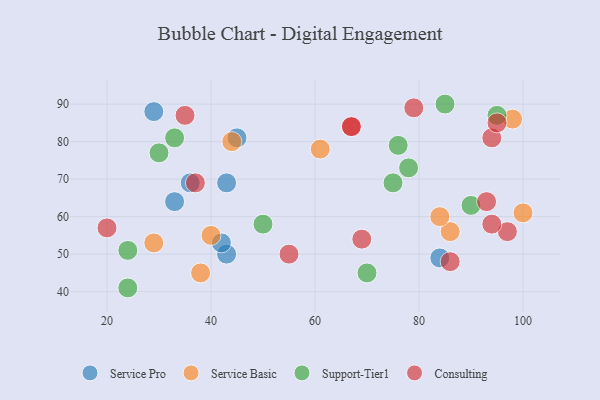
{"axis": {"x": "GDP", "y": "Life Expectancy"}, "legend": ["Consulting", "Service Basic", "Service Pro", "Support-Tier1"], "data": [{"x": "45", "y": 81, "type": "Service Pro"}, {"x": "36", "y": 69, "type": "Service Pro"}, {"x": "29", "y": 88, "type": "Service Pro"}, {"x": "43", "y": 50, "type": "Service Pro"}, {"x": "42", "y": 53, "type": "Service Pro"}, {"x": "84", "y": 49, "type": "Service Pro"}, {"x": "43", "y": 69, "type": "Service Pro"}, {"x": "33", "y": 64, "type": "Service Pro"}, {"x": "100", "y": 61, "type": "Service Basic"}, {"x": "61", "y": 78, "type": "Service Basic"}, {"x": "29", "y": 53, "type": "Service Basic"}, {"x": "40", "y": 55, "type": "Service Basic"}, {"x": "86", "y": 56, "type": "Service Basic"}, {"x": "84", "y": 60, "type": "Service Basic"}, {"x": "44", "y": 80, "type": "Service Basic"}, {"x": "98", "y": 86, "type": "Service Basic"}, {"x": "38", "y": 45, "type": "Service Basic"}, {"x": "30", "y": 77, "type": "Support-Tier1"}, {"x": "75", "y": 69, "type": "Support-Tier1"}, {"x": "78", "y": 73, "type": "Support-Tier1"}, {"x": "33", "y": 81, "type": "Support-Tier1"}, {"x": "50", "y": 58, "type": "Support-Tier1"}, {"x": "24", "y": 51, "type": "Support-Tier1"}, {"x": "24", "y": 41, "type": "Support-Tier1"}, {"x": "76", "y": 79, "type": "Support-Tier1"}, {"x": "95", "y": 87, "type": "Support-Tier1"}, {"x": "85", "y": 90, "type": "Support-Tier1"}, {"x": "90", "y": 63, "type": "Support-Tier1"}, {"x": "70", "y": 45, "type": "Support-Tier1"}, {"x": "37", "y": 69, "type": "Consulting"}, {"x": "69", "y": 54, "type": "Consulting"}, {"x": "79", "y": 89, "type": "Consulting"}, {"x": "35", "y": 87, "type": "Consulting"}, {"x": "86", "y": 48, "type": "Consulting"}, {"x": "97", "y": 56, "type": "Consulting"}, {"x": "67", "y": 84, "type": "Consulting"}, {"x": "94", "y": 58, "type": "Consulting"}, {"x": "67", "y": 84, "type": "Consulting"}, {"x": "55", "y": 50, "type": "Consulting"}, {"x": "93", "y": 64, "type": "Consulting"}, {"x": "94", "y": 81, "type": "Consulting"}, {"x": "20", "y": 57, "type": "Consulting"}, {"x": "95", "y": 85, "type": "Consulting"}]}